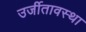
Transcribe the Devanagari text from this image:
उर्जीतावस्था